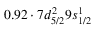
0 . 9 2 \cdot 7 d _ { 5 / 2 } ^ { 2 } 9 s _ { 1 / 2 } ^ { 1 }